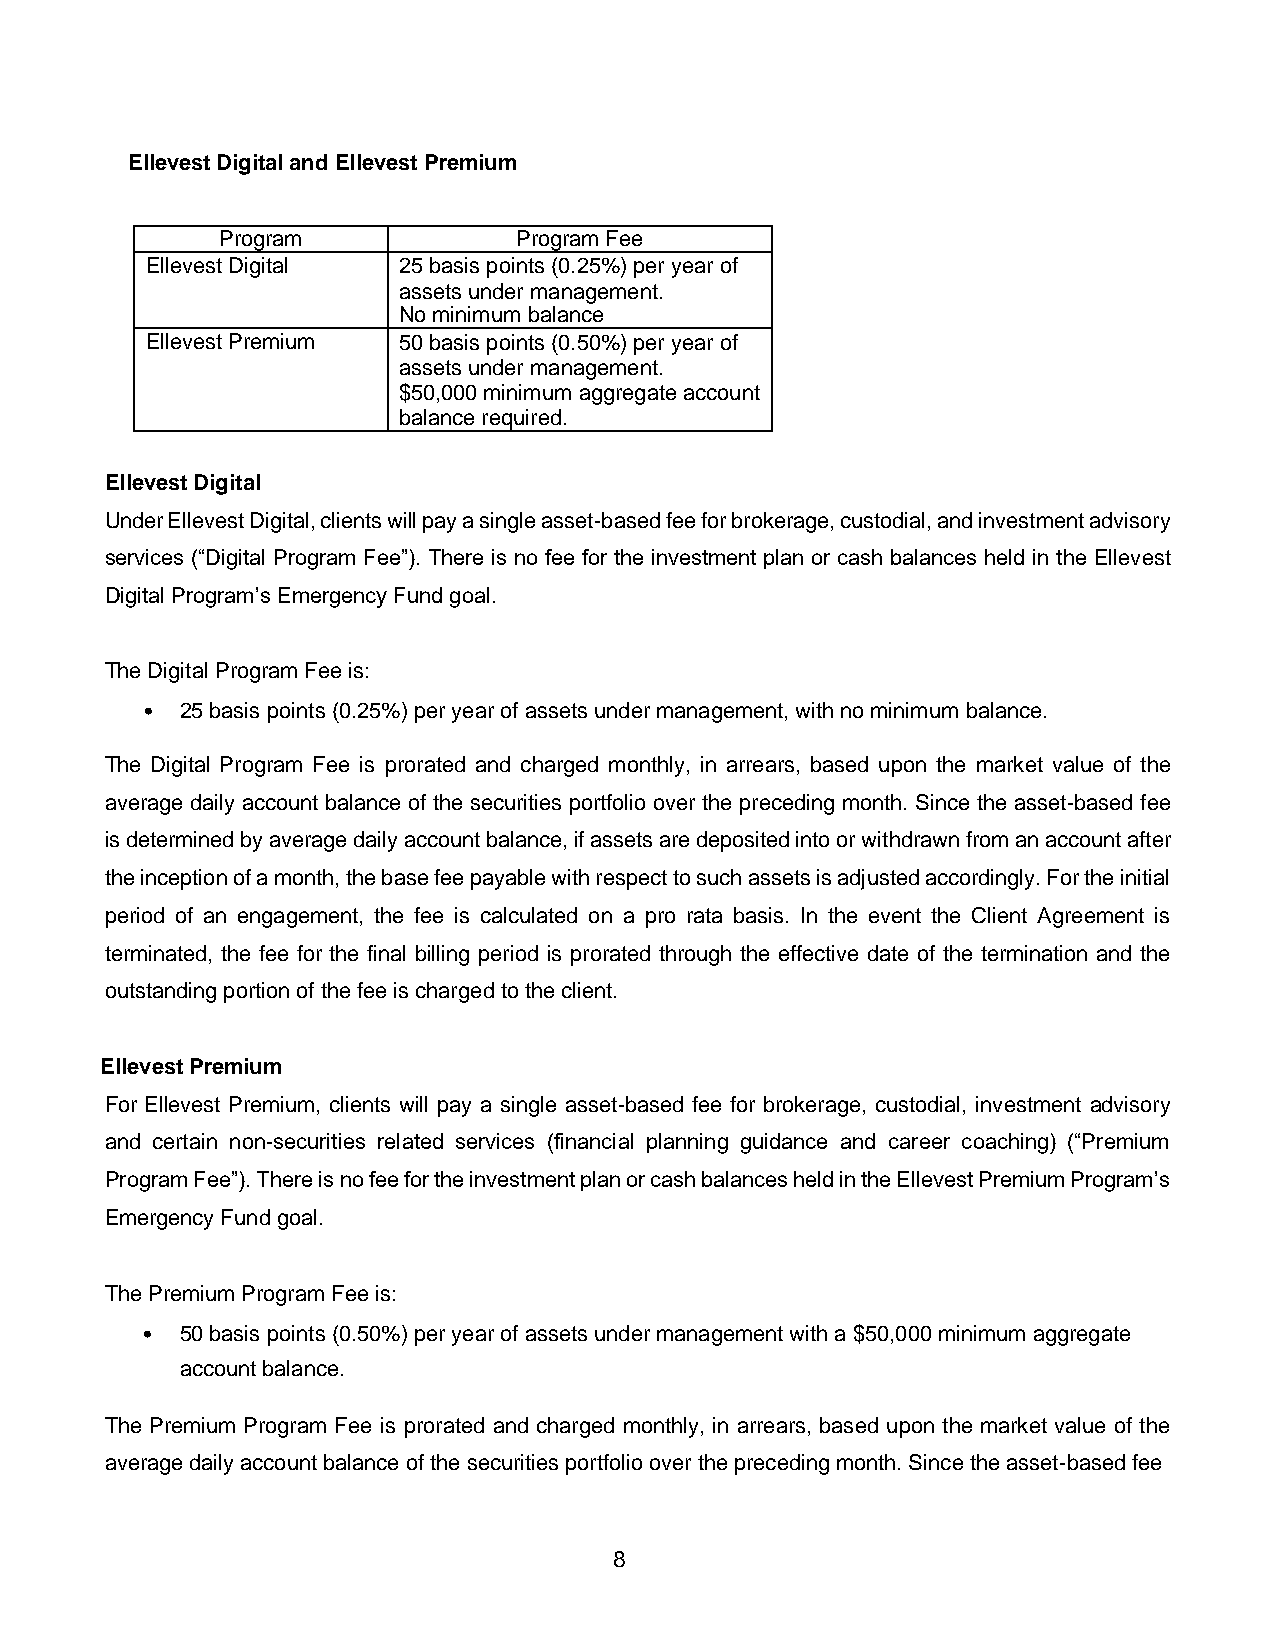
Ellevest Digital and Ellevest Premium
 Program            Program Fee
 Ellevest Digital 25 basis points (0.25%) per year of
 assets under management.
 No minimum balance
 Ellevest Premium 50 basis points (0.50%) per year of
 assets under management.
 $50,000 minimum aggregate account
 balance required.
 Ellevest Digital
 Under Ellevest Digital, clients will pay a single asset-based fee for brokerage, custodial, and investment advisory
 services (“Digital Program Fee”). There is no fee for the investment plan or cash balances held in the Ellevest
 Digital Program’s Emergency Fund goal.
 The Digital Program Fee is:
 •  25 basis points (0.25%) per year of assets under management, with no minimum balance.
 The Digital Program Fee is prorated and charged monthly, in arrears, based upon the market value of the
 average daily account balance of the securities portfolio over the preceding month. Since the asset-based fee
 is determined by average daily account balance, if assets are deposited into or withdrawn from an account after
 the inception of a month, the base fee payable with respect to such assets is adjusted accordingly. For the initial
 period of an engagement, the fee is calculated on a pro rata basis. In the event the Client Agreement is
 terminated, the fee for the final billing period is prorated through the effective date of the termination and the
 outstanding portion of the fee is charged to the client.
 Ellevest Premium
 For Ellevest Premium, clients will pay a single asset-based fee for brokerage, custodial, investment advisory
 and certain non-securities related services (financial planning guidance and career coaching) (“Premium
 Program Fee”). There is no fee for the investment plan or cash balances held in the Ellevest Premium Program’s
 Emergency Fund goal.
 The Premium Program Fee is:
 •  50 basis points (0.50%) per year of assets under management with a $50,000 minimum aggregate
 account balance.
 The Premium Program Fee is prorated and charged monthly, in arrears, based upon the market value of the
 average daily account balance of the securities portfolio over the preceding month. Since the asset-based fee
 8